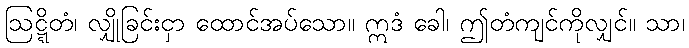
ဩဋ္ဋိတံ၊ လျှိုခြင်းငှာ ထောင်အပ်သော။ ဣဒံ ခေါ၊ ဤတံကျင်ကိုလျှင်။ သာ၊